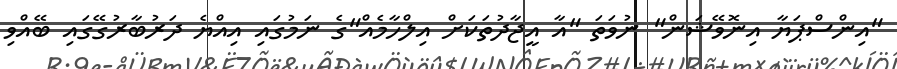
"އިންސްޕަޔާ އިނޮވޭޝަން" ނުވަތަ "އާ އީޖާދުތަކަށް އިލްހާމެއް"ގެ ނަމުގައި އިއްޔެ ދަރުބާރުގޭގައި ބޭއްވި